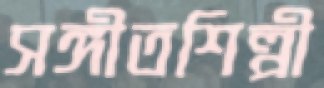
সঙ্গীতশিল্পী